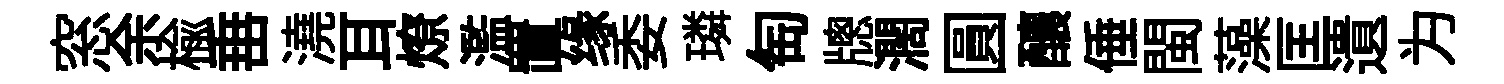
窓余楡𡸁澆耳燎濫置缘委璘匋牕濶圓釀倕閩藻匡遺为